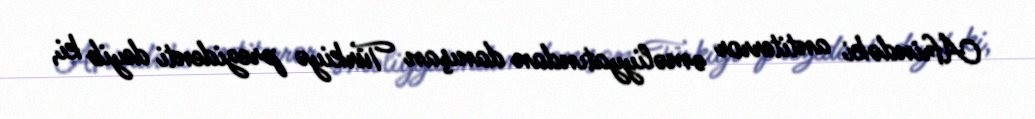
Afrindəki antiterror əməliyyatından danışan Türkiyə prezidenti deyib ki,